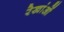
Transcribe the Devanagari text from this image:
रेखांओं